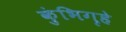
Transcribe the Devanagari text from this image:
कुंभिगृहे